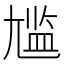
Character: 尴